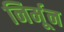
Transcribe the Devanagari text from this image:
निर्मून